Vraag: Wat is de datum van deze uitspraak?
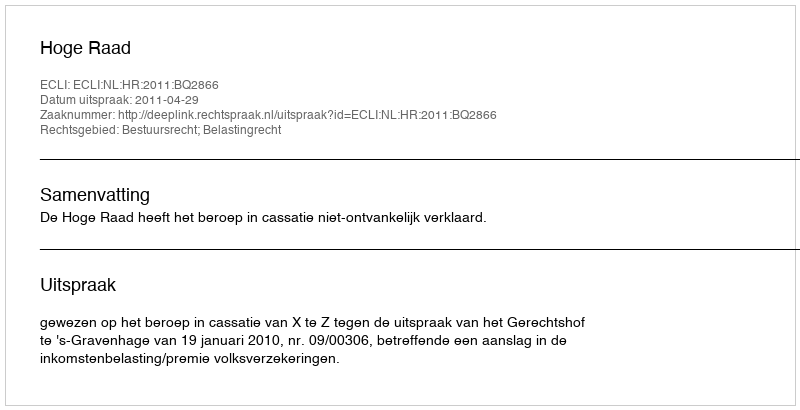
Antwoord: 2011-04-29